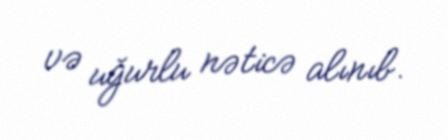
və uğurlu nəticə alınıb.